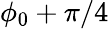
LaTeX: \phi_{0}+\pi/4